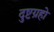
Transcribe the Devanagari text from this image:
दुष्टग्रहो